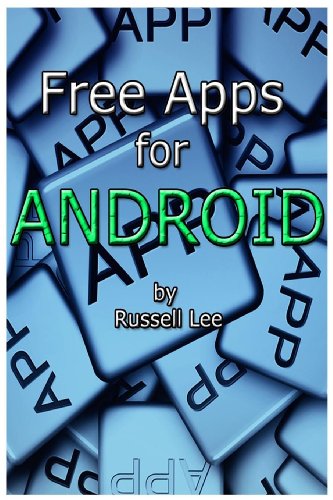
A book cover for Free Apps for Android; Russell Lee; Computers & Technology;